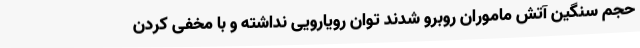
حجم سنگین آتش ماموران روبرو شدند توان رویارویی نداشته و با مخفی کردن